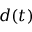
d ( t )